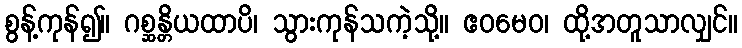
စွန့်ကုန်၍။ ဂစ္ဆန္တိယထာပိ၊ သွားကုန်သကဲ့သို့။ ဧဝမေဝ၊ ထို့အတူသာလျှင်။